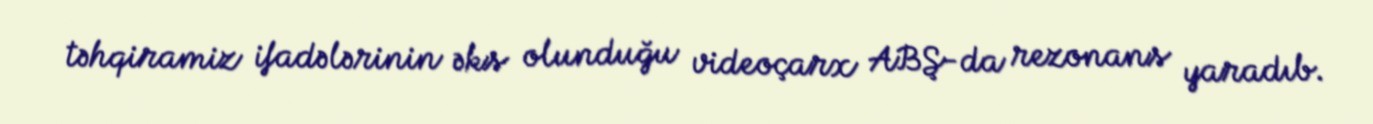
təhqiramiz ifadələrinin əks olunduğu videoçarx ABŞ-da rezonans yaradıb.